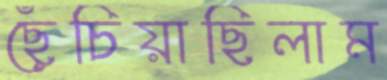
ছেঁচিয়াছিলাম